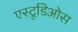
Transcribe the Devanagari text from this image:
एस्टूडिओस